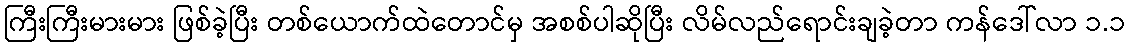
ကြီးကြီးမားမား ဖြစ်ခဲ့ပြီး တစ်ယောက်ထဲတောင်မှ အစစ်ပါဆိုပြီး လိမ်လည်ရောင်းချခဲ့တာ ကန်ဒေါ်လာ ၁.၁